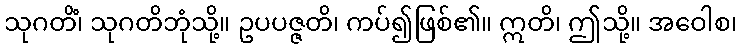
သုဂတိံ၊ သုဂတိဘုံသို့။ ဥပပဇ္ဇတိ၊ ကပ်၍ဖြစ်၏။ ဣတိ၊ ဤသို့။ အဝေါစ၊